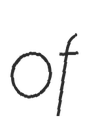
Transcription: of